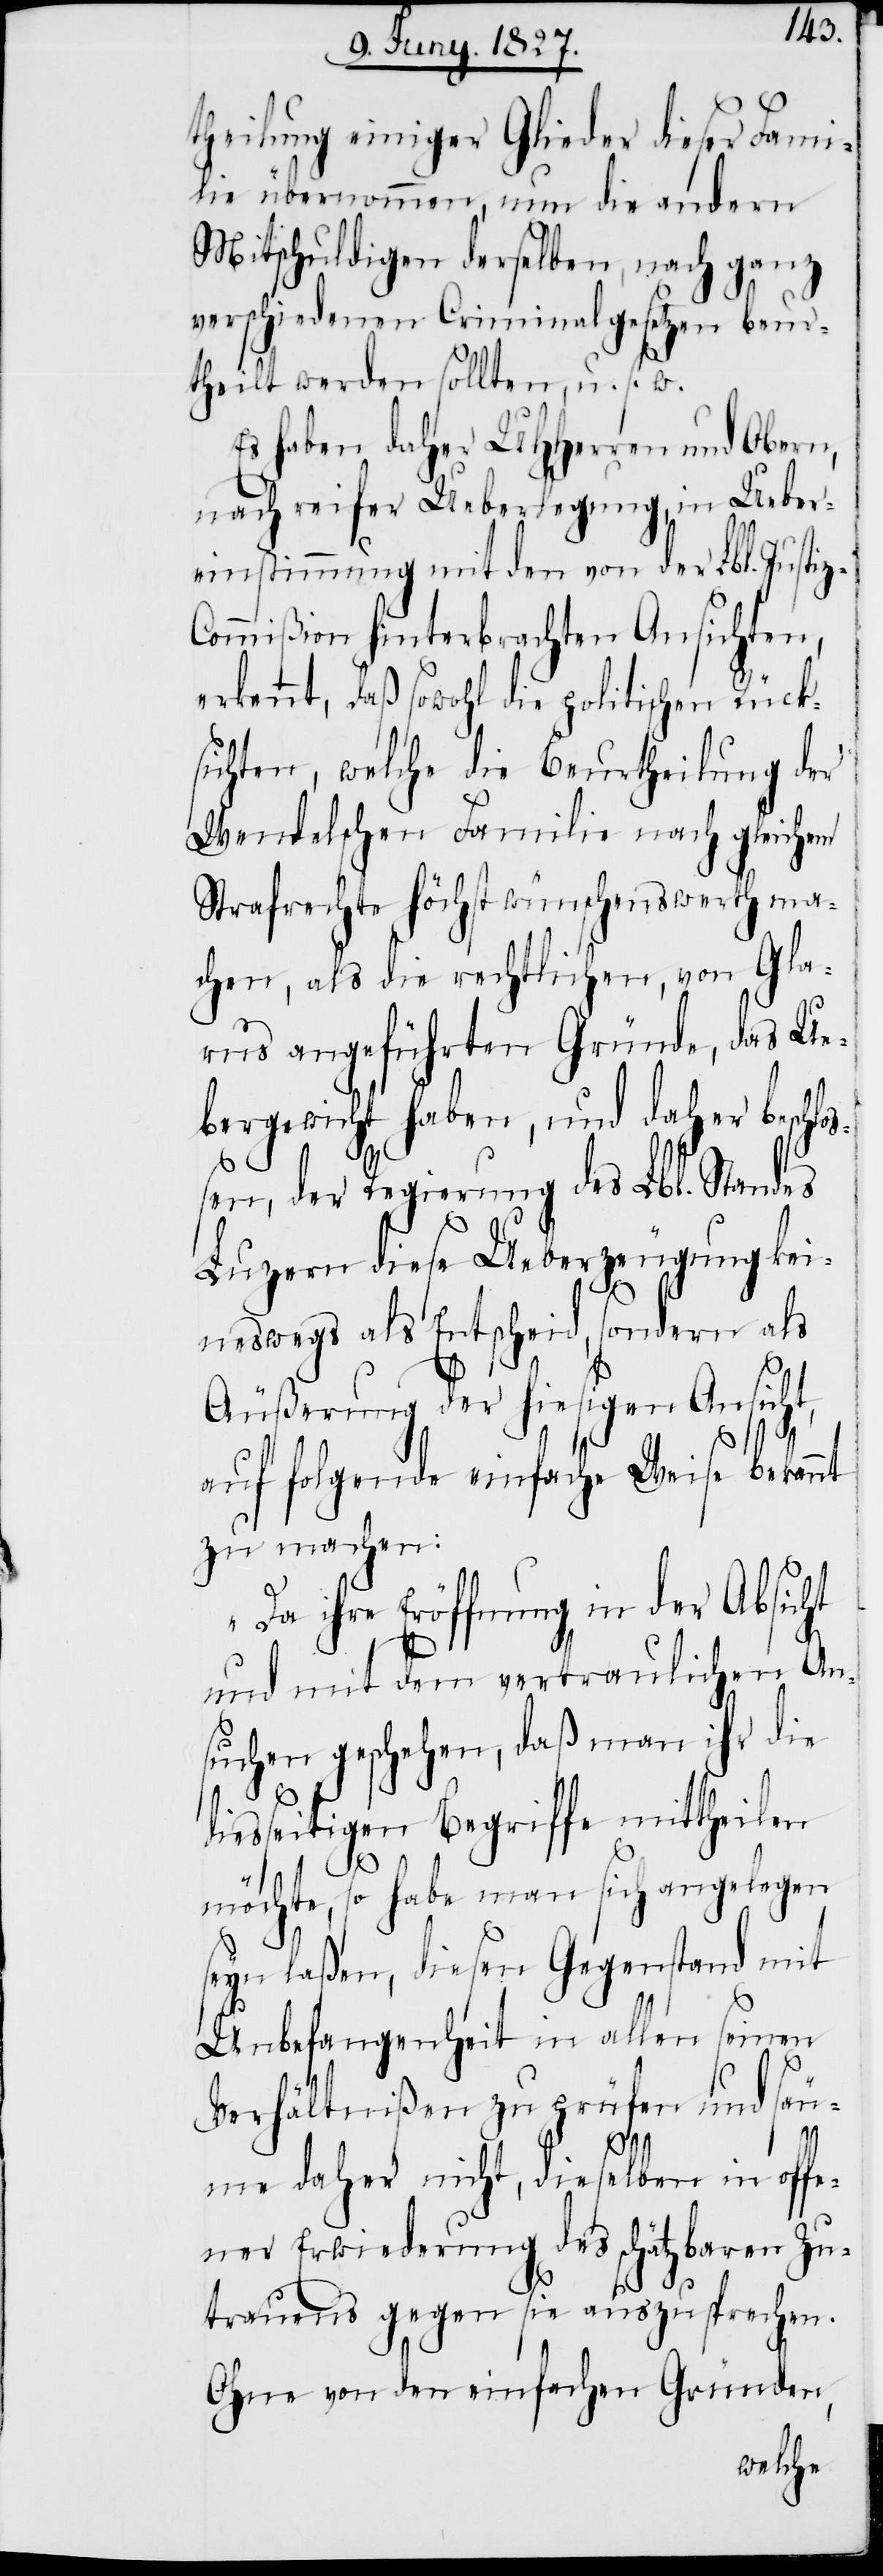
theilung einiger Glieder dieser Fami¬
lie übernommen, nun die andern
Mitschuldigen derselben, nach ganz
verschiedenen Criminalgesetzen beur¬
theilt werden sollten, u. s. w.
Es haben daher UHHerren und Obern,
nach reifer Ueberlegung, in Ueber¬
einstimmung mit den von der Lbl. Justi¬
ommißion hinterbrachten Ansichten,
erkennt, daß sowohl die politischen Rück¬
sichten, welche die Beurtheilung der
Wendelschen Familie nach gleichem
Strafrechte höchst wünschenswerth ma¬
chen, als die rechtlichen, von Gla¬
rus angeführten Gründe, das Ue¬
bergewicht haben, und daher beschlo¬
ßen, der Regierung Lbl. Standes
Luzern diese Ueberzeugung kei¬
neswegs als Entscheid, sondern als
Äußerung der hiesigen Ansicht,
auf folgende einfache Weise bekannt
zu machen:
„Da ihre Eröffnung in der Absicht
und mit dem vertraulichen An¬
suchen geschehen, daß man ihr die
diesseitigen Begriffe mittheilen
möchte, so habe man sich angelegen
seyn laßen, diesen Gegenstand mit
Unbefangenheit in allen seinen
Verhältnißen zu prüfen und säu¬
z-C¬
me daher nicht, dieselben in offe¬
ner Erwiederung des schätzbaren Zu¬
trauens gegen sie auszusprechen.
Ohne von den einfachen Gründen,